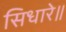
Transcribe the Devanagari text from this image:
सिधारे॥